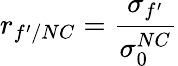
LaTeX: r_{f^{\prime}/NC}=\frac{\sigma_{f^{\prime}}}{\sigma_{0}^{NC}}